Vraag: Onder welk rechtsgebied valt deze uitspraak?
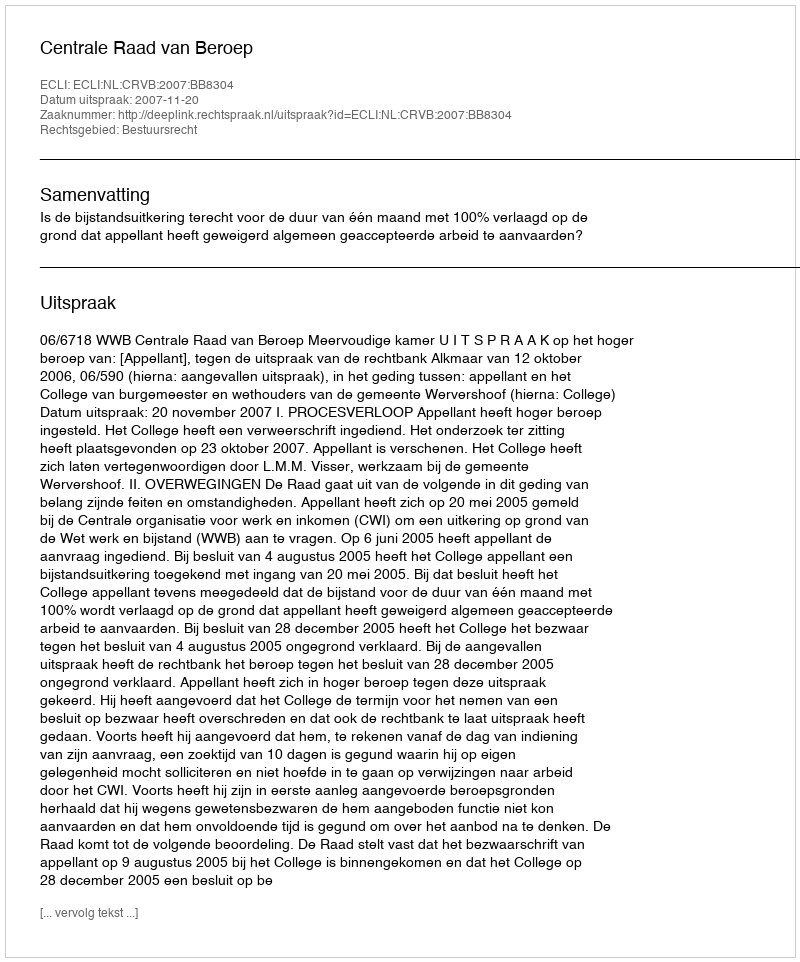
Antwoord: Bestuursrecht